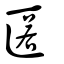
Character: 匿